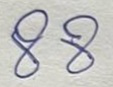
88